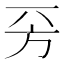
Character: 𣃙